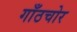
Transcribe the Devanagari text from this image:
गाँठचोर